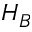
H _ { B }